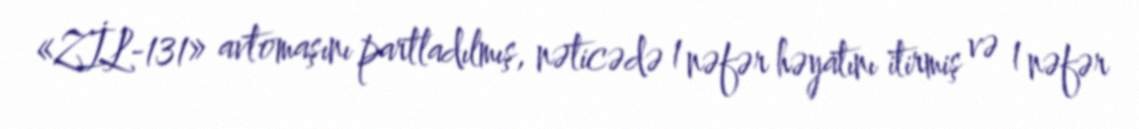
«ZİL-131» avtomaşını partladılmış, nəticədə 1 nəfər həyatını itirmiş və 1 nəfər